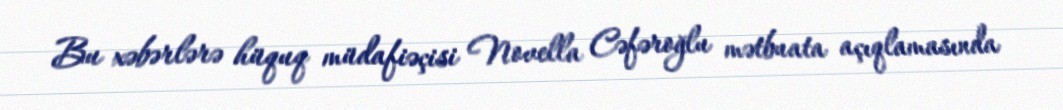
Bu xəbərlərə hüquq müdafiəçisi Novella Cəfəroğlu mətbuata açıqlamasında